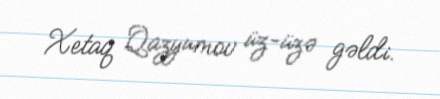
Xetaq Qazyumov üz-üzə gəldi.